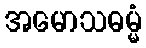
အမောသဓမ္မံ